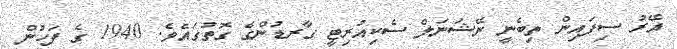
އޭރު ސިފައިން ތިބެނީ ނޭޝަނަލް ސެކިއުރިޓީ ގާރޑުންގެ ގޮތުގައެވެ. 1940 ގެ ފަހުން